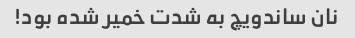
نان ساندویچ به شدت خمیر شده بود!